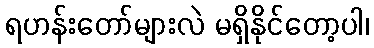
ရဟန်းတော်များလဲ မရှိနိုင်တော့ပါ၊